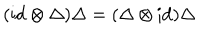
( \mathrm { i d } \otimes \Delta ) \Delta = ( \Delta \otimes \mathrm { i d } ) \Delta